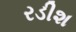
રડીશ